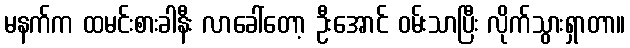
မနက်က ထမင်းစားခါနီး လာခေါ်တော့ ဦးအောင် ဝမ်းသာပြီး လိုက်သွားရှာတာ။